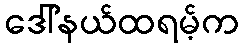
ဒေါ်နယ်ထရမ့်က